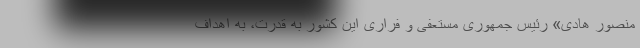
منصور هادی» رئیس جمهوری مستعفی و فراری این کشور به قدرت، به اهداف